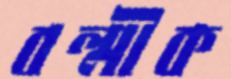
বল্মীক